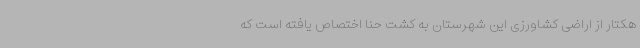
هکتار از اراضی کشاورزی این شهرستان به کشت حنا اختصاص یافته است که